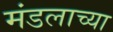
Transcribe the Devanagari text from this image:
मंडलाच्या